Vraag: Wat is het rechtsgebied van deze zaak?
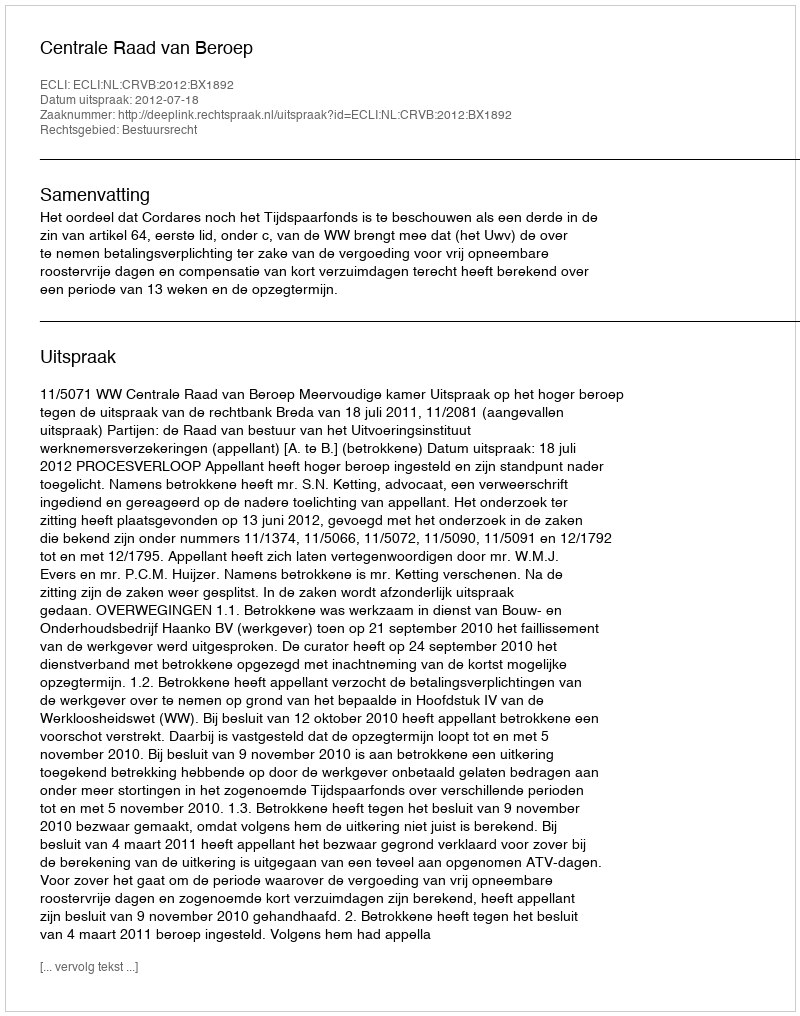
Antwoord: Bestuursrecht